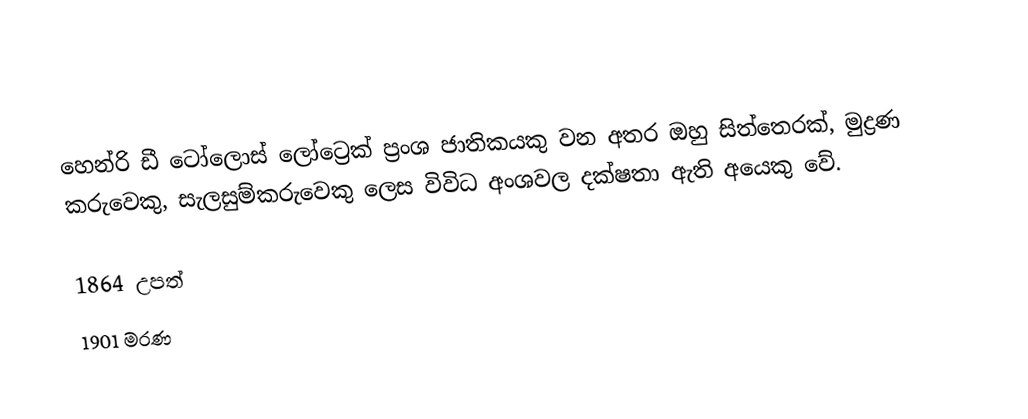
හෙන්රි ඩී ටෝලොස් ලෝට්‍රෙක් ප්‍රංශ ජාතිකයකු වන අතර ඔහු සිත්තෙරක්, මුද්‍රණ කරුවෙකු, සැලසුම්කරුවෙකු ලෙස විවිධ අංශවල දක්ෂතා ඇති අයෙකු වේ.

1864 උපත්
1901 මරණ